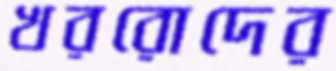
খররোদের